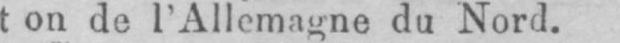
de l’Allemagne du Nord.